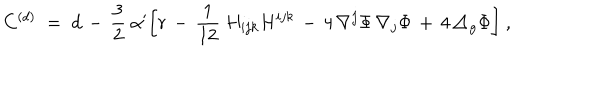
C ^ { ( d ) } \; = \; d \, - \, \frac 3 2 \ \alpha ^ { \prime } \biggl [ r \, - \, \frac { 1 } { 1 2 } \ H _ { i j k } H ^ { i j k } \, - \, 4 \, \nabla ^ { j } \Phi \, \nabla _ { j } \Phi \, + \, 4 \, \triangle _ { g } \Phi \biggr ] \ ,